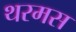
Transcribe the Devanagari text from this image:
थरमस